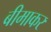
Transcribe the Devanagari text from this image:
बीमाकर